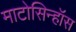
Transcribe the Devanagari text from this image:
माटोसिन्हॉस